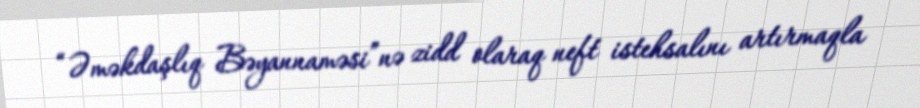
“Əməkdaşlıq Bəyannaməsi”nə zidd olaraq neft istehsalını artırmaqla